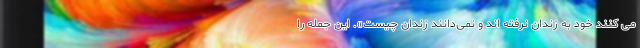
می کنند خود به زندان نرفته اند و نمی‌دانند زندان چیست». این جمله را